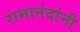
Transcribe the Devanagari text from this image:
रामानंदांनी